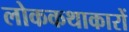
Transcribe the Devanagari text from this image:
लोककथाकारों